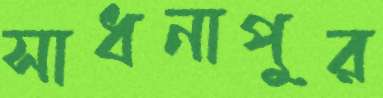
সাধনাপুর